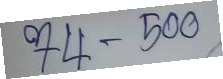
74 - 500